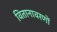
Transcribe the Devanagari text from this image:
वितानावरणों